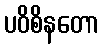
ပဝိစိနတော